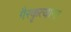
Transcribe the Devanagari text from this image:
गैरकृत्यांना